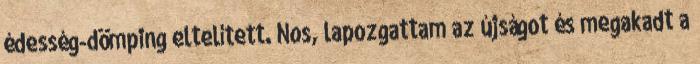
édesség-dömping eltelített. Nos, lapozgattam az újságot és megakadt a